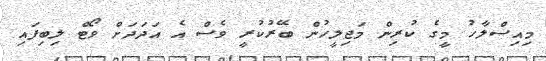
މިއިސްލާހު މީގެ ކުރިން މަޖިލީހުން ބޭރުކުރީ ވެސް އެ އަދަދަށް ވޯޓް ލިބިފައި